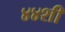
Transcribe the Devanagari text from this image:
४४शी